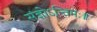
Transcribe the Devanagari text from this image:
संज्ञोऽन्तिमः॥